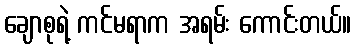
ချောစုရဲ့ ကင်မရာက အရမ်း ကောင်းတယ်။